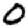
Digit: 0